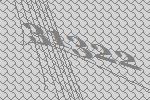
31322